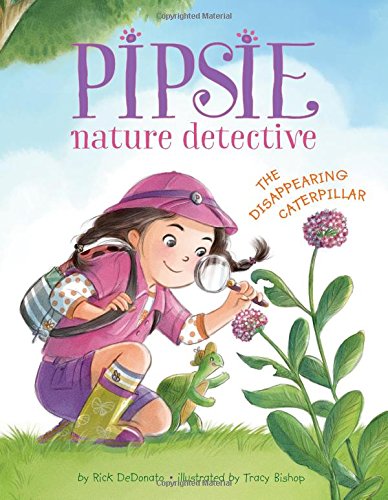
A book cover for Pipsie, Nature Detective: The Disappearing Caterpillar; Rick DeDonato; Children's Books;